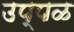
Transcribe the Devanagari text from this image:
उप्पळ